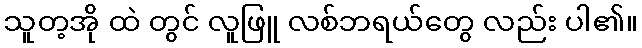
သူတ့အို ထဲ တွင် လူဖြူ လစ်ဘရယ်တွေ လည်း ပါ၏။